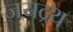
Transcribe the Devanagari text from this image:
जयद्र्थ